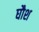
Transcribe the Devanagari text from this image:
घौश